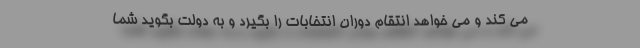
می کند و می خواهد انتقام دوران انتخابات را بگیرد و به دولت بگوید شما